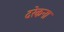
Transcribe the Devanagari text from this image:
दरेकना